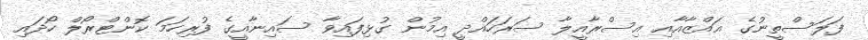
ފަލަސްތީނުގެ ޣައްޒާއާއި އިސްރާއީލާ ސަރަހައްދީ އިމުން ގުޅިފައިވާ ސައިނާއީގެ ފުރިހަމަ ކޮންޓްރޯލް ހޯދައި